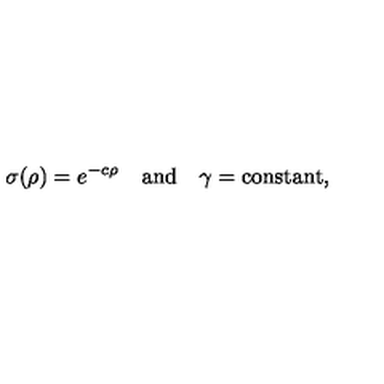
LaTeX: \sigma ( \rho ) = e ^ { - c \rho } \quad \mathrm { a n d } \quad \gamma = \mathrm { c o n s t a n t } ,